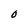
Character: O